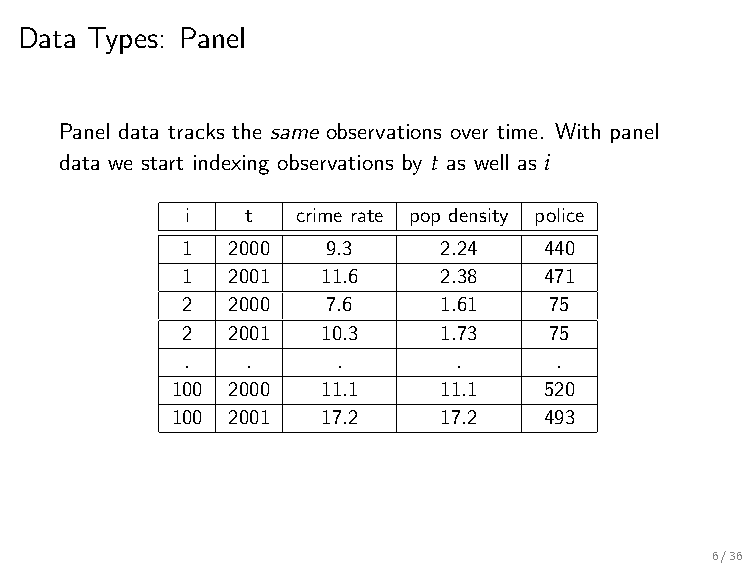
Data Types: Panel
 Panel data tracks the same observations over time. With panel
 data we start indexing observations by t as well as i
 i   t   crime rate pop density police
 1  2000   9.3    2.24   440
 1  2001  11.6    2.38   471
 2  2000   7.6    1.61   75
 2  2001  10.3    1.73   75
 .   .     .       .      .
 100 2000  11.1    11.1   520
 100 2001  17.2    17.2   493
 6/36